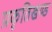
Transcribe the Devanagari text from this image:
प्रकृतिखण्ड